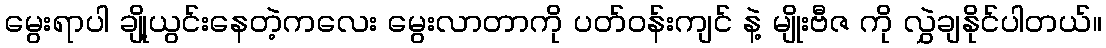
မွေးရာပါ ချို့ယွင်းနေတဲ့ကလေး မွေးလာတာကို ပတ်ဝန်းကျင် နဲ့ မျိုးဗီဇ ကို လွှဲချနိုင်ပါတယ်။